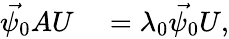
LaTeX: \begin{array}{rl}{\vec{\psi_{0}}AU}&{{}=\lambda_{0}\vec{\psi_{0}}U,}\end{array}